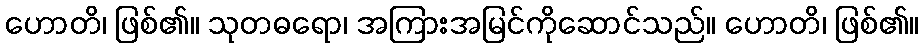
ဟောတိ၊ ဖြစ်၏။ သုတဓရော၊ အကြားအမြင်ကိုဆောင်သည်။ ဟောတိ၊ ဖြစ်၏။